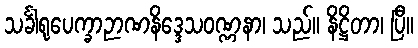
သင်္ခါရုပေက္ခာဉာဏနိဒ္ဒေသဝဏ္ဏနာ၊ သည်။ နိဋ္ဌိတာ၊ ပြီ။